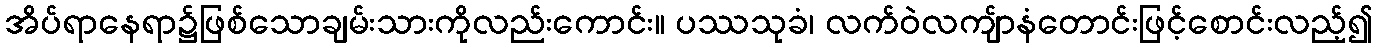
အိပ်ရာနေရာ၌ဖြစ်သောချမ်းသားကိုလည်းကောင်း။ ပဿသုခံ၊ လက်ဝဲလကျ်ာနံတောင်းဖြင့်စောင်းလည့်၍